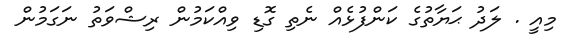
މިއީ . ލަދު ޙަޔާތުގެ ކަންފުޅެއް ނެތި ގޮޑި ވިއްކަމުން ރިޝްވަތު ނަގަމުން